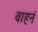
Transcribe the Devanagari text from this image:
वाहनं